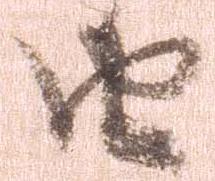
由